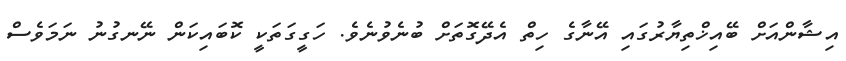
އިޝާންއަށް ބޭއިޚްތިޔާރުގައި އޭނާގެ ހިތް އެދޭގޮތަށް ބުނެވުނެވެ. ހަގީގަތަކީ ކޮބައިކަން ނޭނގުނު ނަމަވެސް